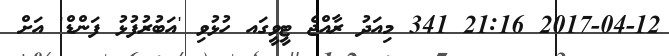
2017-04-12 21:16 341 މިއަދު ރާއްޖެ ޓީވީގައ ހުޅުވި 'އަބުރުފުޅު ފަންޑް' އަށް